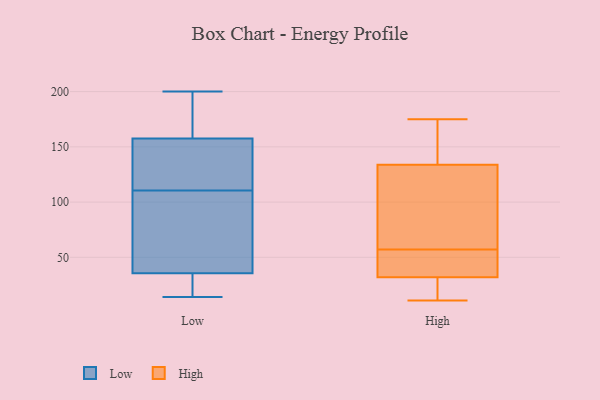
{"axis": {"x": "Website Visitors", "y": "Value"}, "legend": ["High", "Low"], "data": [{"x": "", "y": 14, "type": "Low"}, {"x": "", "y": 169, "type": "Low"}, {"x": "", "y": 141, "type": "Low"}, {"x": "", "y": 46, "type": "Low"}, {"x": "", "y": 159, "type": "Low"}, {"x": "", "y": 110, "type": "Low"}, {"x": "", "y": 68, "type": "Low"}, {"x": "", "y": 141, "type": "Low"}, {"x": "", "y": 156, "type": "Low"}, {"x": "", "y": 25, "type": "Low"}, {"x": "", "y": 23, "type": "Low"}, {"x": "", "y": 111, "type": "Low"}, {"x": "", "y": 173, "type": "Low"}, {"x": "", "y": 94, "type": "Low"}, {"x": "", "y": 200, "type": "Low"}, {"x": "", "y": 24, "type": "Low"}, {"x": "", "y": 175, "type": "High"}, {"x": "", "y": 17, "type": "High"}, {"x": "", "y": 54, "type": "High"}, {"x": "", "y": 142, "type": "High"}, {"x": "", "y": 161, "type": "High"}, {"x": "", "y": 11, "type": "High"}, {"x": "", "y": 131, "type": "High"}, {"x": "", "y": 36, "type": "High"}, {"x": "", "y": 57, "type": "High"}, {"x": "", "y": 20, "type": "High"}, {"x": "", "y": 106, "type": "High"}, {"x": "", "y": 51, "type": "High"}, {"x": "", "y": 60, "type": "High"}]}